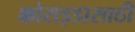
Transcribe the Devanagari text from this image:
क्कोराइडासाठी